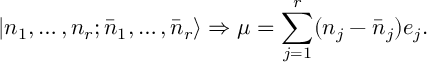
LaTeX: | n _ { 1 } , \ldots , n _ { r } ; \bar { n } _ { 1 } , \ldots , \bar { n } _ { r } \rangle \Rightarrow \mu = \sum _ { j = 1 } ^ { r } ( n _ { j } - \bar { n } _ { j } ) e _ { j } .